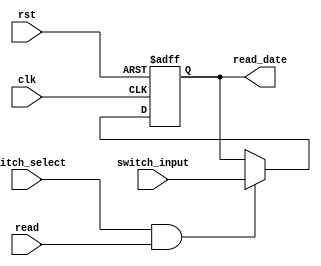
`timescale 1ns / 1ps

module switchs(
input       clk,
input       rst,
input       read,           //  read control
input       switch_select,
output reg  [23:0]read_date,
input[23:0] switch_input    //  from the 24 switches of minisys developing boad
);

    always@(negedge clk or posedge rst) begin
        if(rst) begin
            read_date <= 0;
        end

		else if(switch_select && read) begin
		    read_date <= switch_input;
        end
    end
endmodule